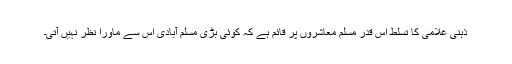
ذہنی غلامی کا تسلط اس قدر مسلم معاشروں پر قائم ہے کہ کوئی بڑی مسلم آبادی اس سے ماورا نظر نہیں آتی۔